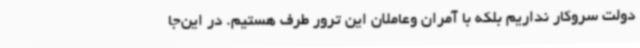
دولت سروکار نداریم بلکه با آمران وعاملان این ترور طرف هستیم. در این‌جا